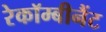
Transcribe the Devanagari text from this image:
रेकॉम्बीनैंट